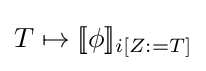
T\mapsto [\![\phi ]\!]_{i[Z:=T]}